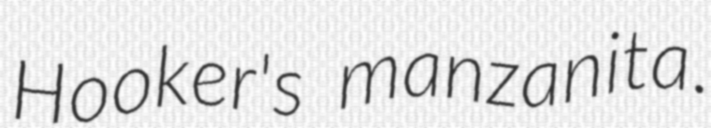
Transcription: Hooker's manzanita.